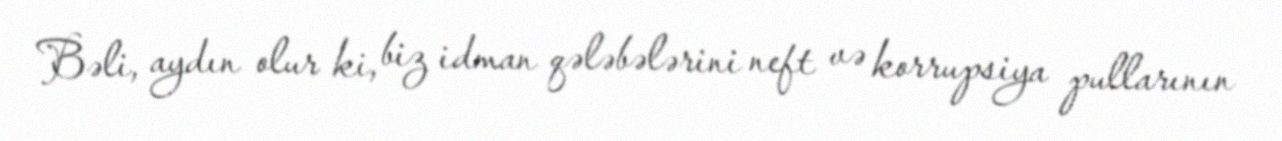
Bəli, aydın olur ki, biz idman qələbələrini neft və korrupsiya pullarının